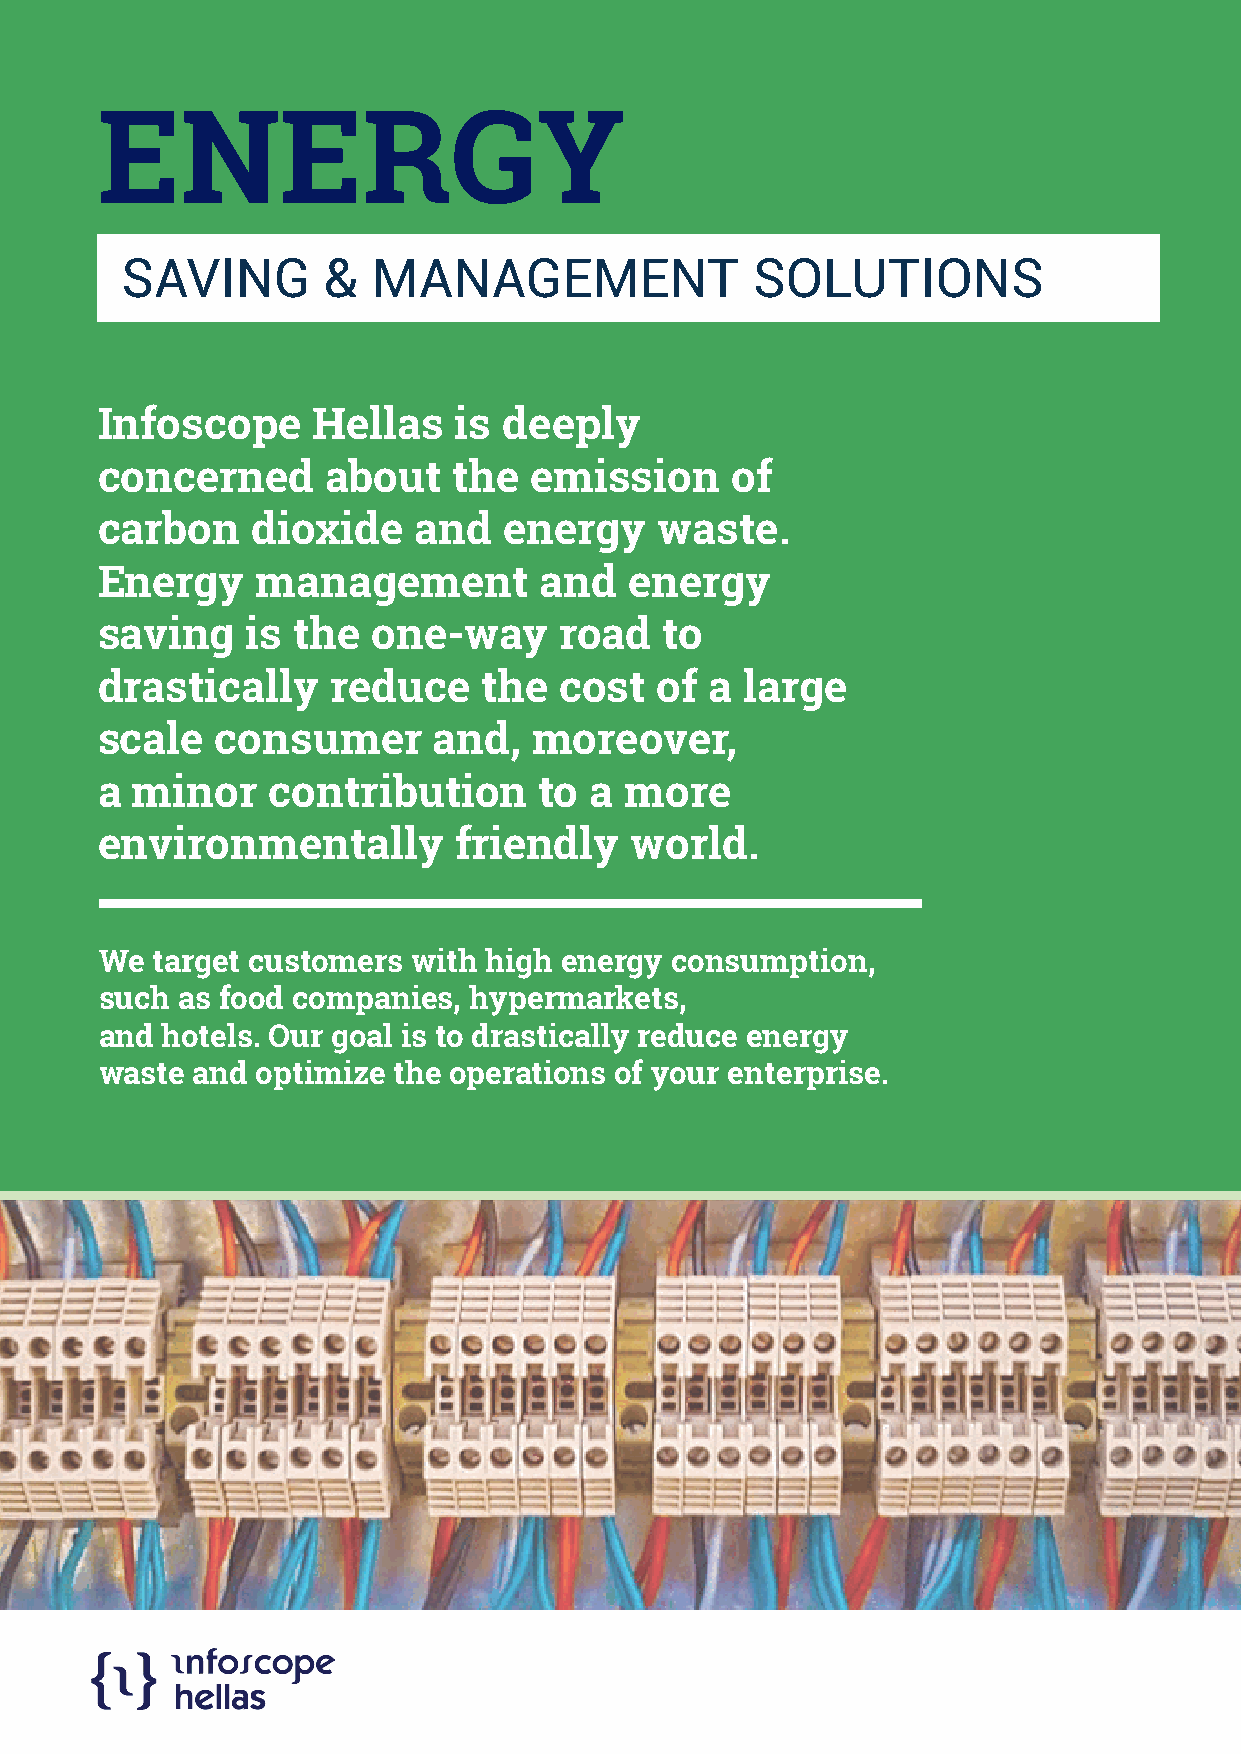
ENERGY
 SAVING       &   MANAGEMENT               SOLUTIONS
 Infoscope      Hellas   is deeply
 concerned       about   the  emission     of
 carbon     dioxide   and   energy    waste.
 Energy     management         and   energy
 saving    is the   one-way     road   to
 drastically     reduce    the  cost  of  a large
 scale   consumer       and,  moreover,
 a  minor    contribution      to a more
 environmentally         friendly    world.
 We target customers with high energy consumption,
 such as food companies, hypermarkets,
 and hotels. Our goal is to drastically reduce energy
 waste and optimize the operations of your enterprise.